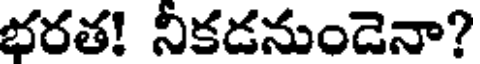
భరత! నీకడనుండెనా?